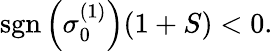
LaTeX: \textrm{sgn}\left(\sigma_{0}^{(1)}\right)(1+S)<0.